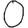
Digit: 0